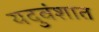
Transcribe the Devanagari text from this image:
यदुवंशात